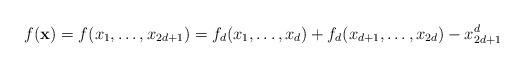
LaTeX: \begin{align*} f({\bf x})=f(x_1, \ldots, x_{2d+1})=f_d(x_1, \ldots, x_d)+f_d(x_{d+1}, \ldots, x_{2d})-x_{2d+1}^d\end{align*}